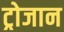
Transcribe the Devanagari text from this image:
ट्रोजान